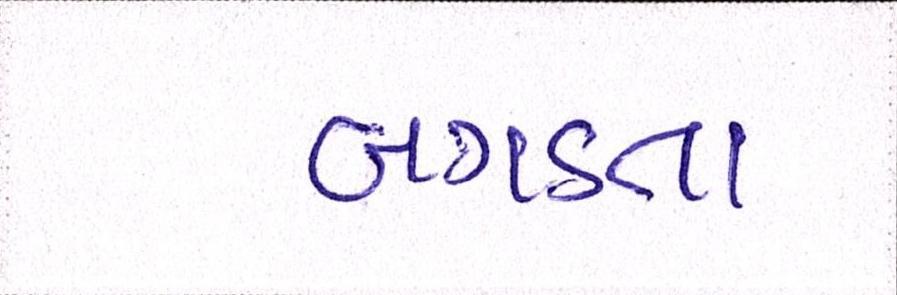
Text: બગડતા